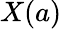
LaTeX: X(a)